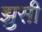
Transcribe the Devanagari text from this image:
झुसी